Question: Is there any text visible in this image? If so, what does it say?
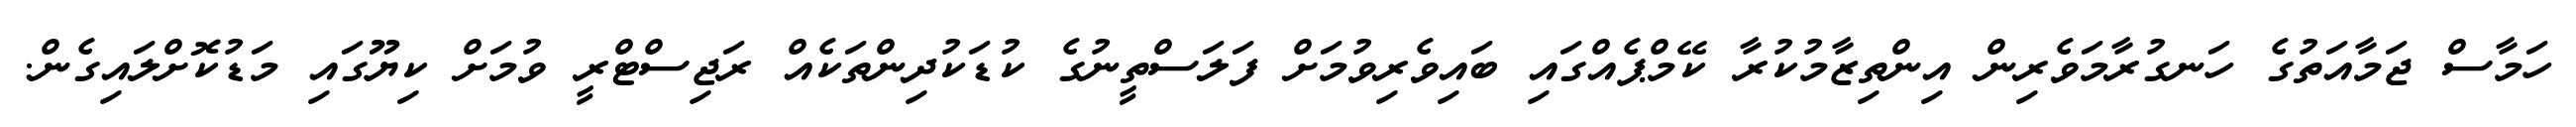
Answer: ހަމާސް ޖަމާއަތުގެ ހަނގުރާމަވެރިން އިންތިޒާމުކުރާ ކޭމްޕެއްގައި ބައިވެރިވުމަށް ފަލަސްތީނުގެ ކުޑަކުދިންތަކެއް ރަޖިސްޓްރީ ވުމަށް ކިޔޫގައި މަޑުކޮށްލައިގެން.